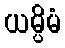
ယမ္ပိမံ